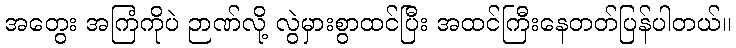
အတွေး အကြံကိုပဲ ဉာဏ်လို့ လွဲမှားစွာထင်ပြီး အထင်ကြီးနေတတ်ပြန်ပါတယ်။